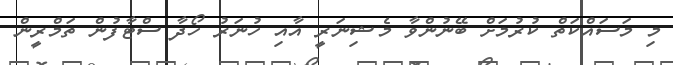
މި މަސައްކަތް ކުރުމަށް ބޭނުންވާ މެޝިނަރީ އާއި ހުނަރު ހޯދާ ސްޓާފުން ތަމްރީން